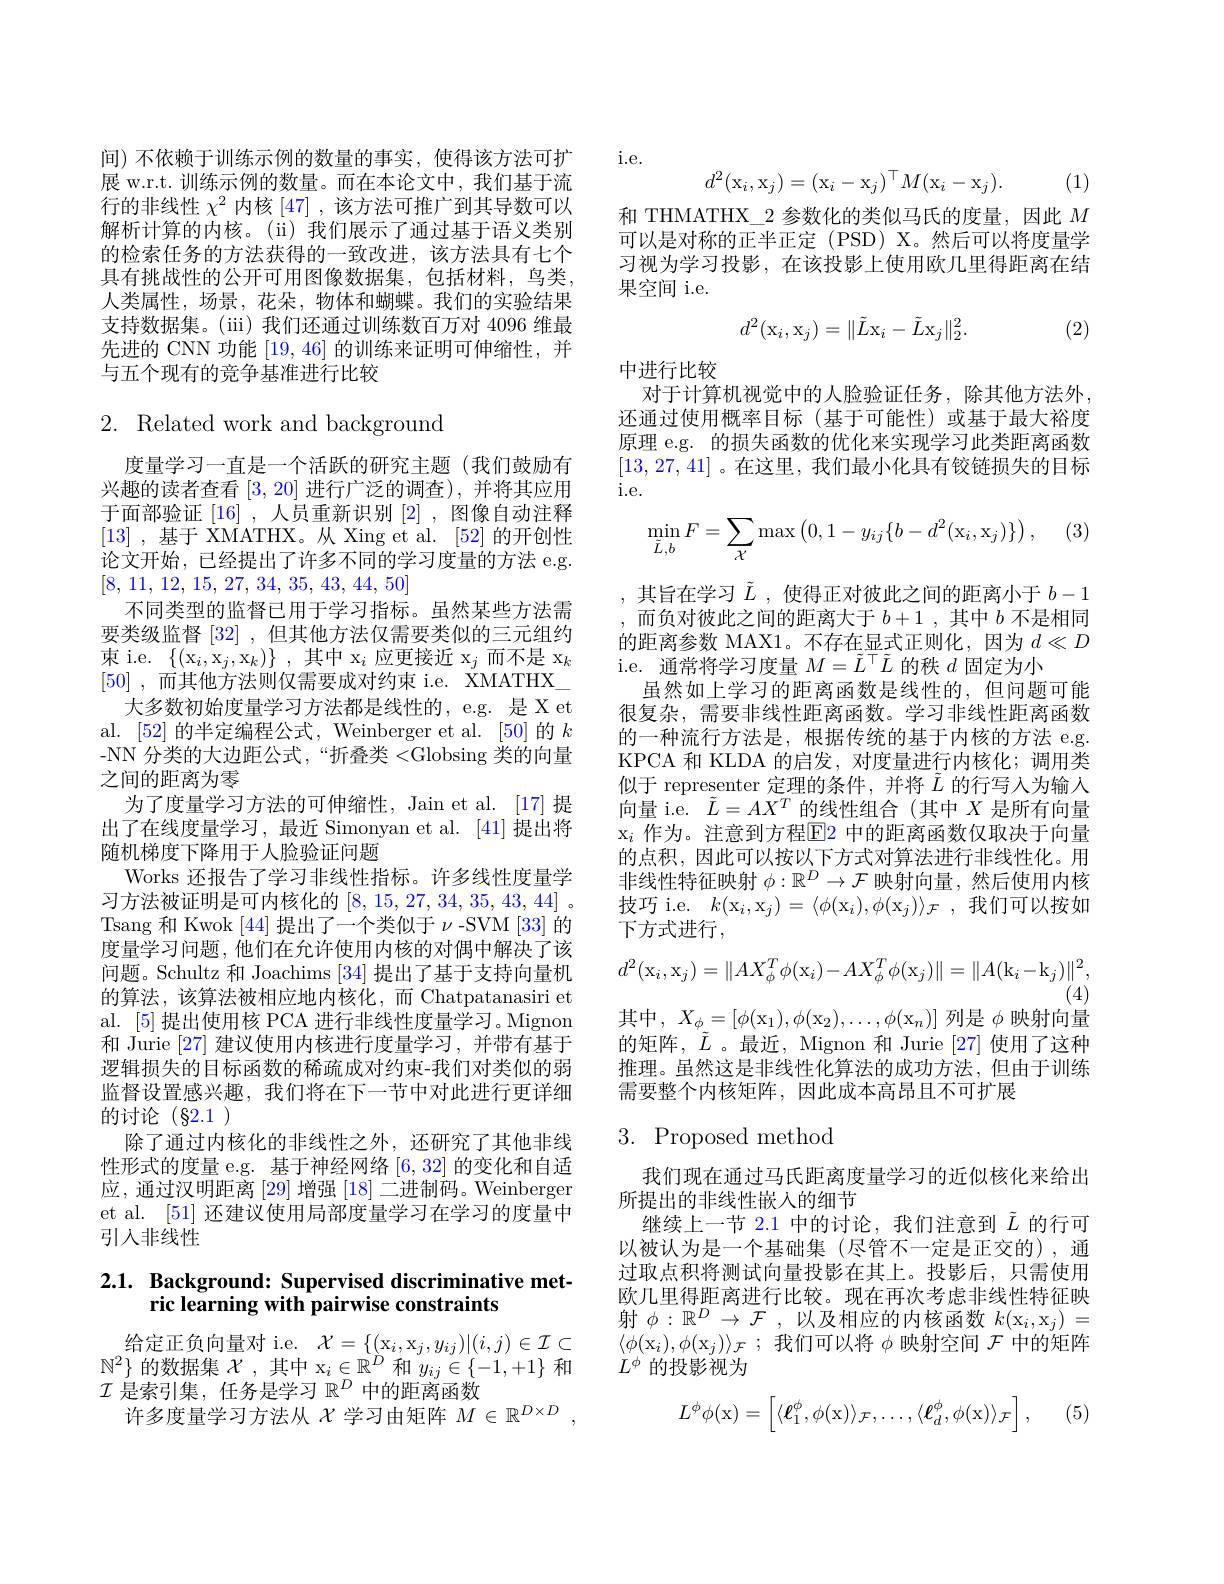
展 w.r.t. 训练示例的数量。而在本论文中，我们基于流行的非线性$\chi^2$内核 [47] ,该方法可推广到其导数可以解析计算的内核。(ii)我们展示了通过基于语义类别的检索任务的方法获得的一致改进，该方法具有七个具有挑战性的公开可用图像数据集，包括材料，鸟类， 人类属性，场景，花朵，物体和蝴蝶。我们的实验结果支持数据集。(iii) 我们还通过训练数百万对 4096 维最先进的 CNN 功能[19,46]的训练来证明可伸缩性，并与五个现有的竞争基准进行比较

## $2.{\mathrm{~Related~work~and~background}}$

度量学习一直是一个活跃的研究主题(我们鼓励有兴趣的读者查看[3,20]进行广泛的调查),并将其应用于面部验证[16] ,人员重新识别[2] ,图像自动注释[13] ,基于 XMATHX。从 Xing et al. [52]的开创性论文开始，已经提出了许多不同的学习度量的方法 e.g. [8, 11, 12, 15, 27, 34, 35, 43, 44, 50]
不同类型的监督已用于学习指标。虽然某些方法需要类级监督[32] ,但其他方法仅需要类似的三元组约束 i.e. $\{(\mathrm{x}_{i},\mathrm{x}_{j},\mathrm{x}_{k})\}$ ,其中 x$_i$应更接近 x$_j$而不是 x$_k$ [50] ,而其他方法则仅需要成对约束 i.e. XMATHX\_ 大多数初始度量学习方法都是线性的，e.g. 是 X et
al. [52]的半定编程公式，Weinberger et al. [50]的$k$ -NN 分类的大边距公式，“折叠类<Globsing 类的向量之间的距离为零
为了度量学习方法的可伸缩性，Jain et al. [17] 提出了在线度量学习，最近 Simonyan et al. [41] 提出将随机梯度下降用于人脸验证问题
Works 还报告了学习非线性指标。许多线性度量学习方法被证明是可内核化的[8,15,27,34,35,43,44] 。Tsang 和 Kwok [44] 提出了一个类似于$\nu$ -SVM [33] 的度量学习问题，他们在允许使用内核的对偶中解决了该问题。Schultz 和 Joachims [34]提出了基于支持向量机的算法，该算法被相应地内核化，而 Chatpatanasiri et al. [5]提出使用核 PCA 进行非线性度量学习。Mignon 和 Jurie [27]建议使用内核进行度量学习，并带有基于逻辑损失的目标函数的稀疏成对约束-我们对类似的弱监督设置感兴趣，我们将在下一节中对此进行更详细的讨论(§2.1)
除了通过内核化的非线性之外，还研究了其他非线性形式的度量 e.g. 基于神经网络[6,32]的变化和自适应，通过汉明距离 [29] 增强 [18] 二进制码。Weinberger et al. [51] 还建议使用局部度量学习在学习的度量中引入非线性

# 2.1. Background: Supervised discriminative metric learning with pairwise constraints

给定正负向量对 i.e.$\mathcal{X} = \{ ( \mathrm{x} _i, x_j, y_{ij}) | ( i, j) \in \mathcal{I} \subset$ $\mathbb{N}^{2}\}$的数据集$\mathcal{X}$,其中 x$_i\in\mathbb{R}^D$和$y_ij\in\{-1,+1\}$和$\mathcal{I}$是索引集，任务是学习$\mathbb{R}^D$中的距离函数
许多度量学习方法从$\chi$学习由矩阵 $M\in\mathbb{R}^D\times D$,

间)不依赖于训练示例的数量的事实，使得该方法可扩 i.e.
$$d^2(\mathrm x_i,\mathrm x_j)=(\mathrm x_i-\mathrm x_j)^\top M(\mathrm x_i-\mathrm x_j).$$
(1)

和 THMATHX\_2 参数化的类似马氏的度量，因此$M$ 可以是对称的正半正定 (PSD) X。然后可以将度量学习视为学习投影，在该投影上使用欧几里得距离在结果空间 i.e.
$$d^2(\mathrm x_i,\mathrm x_j)=\|\tilde{L}\mathrm x_i-\tilde{L}\mathrm x_j\|_2^2.$$
(2)

中进行比较
对于计算机视觉中的人脸验证任务，除其他方法外， 还通过使用概率目标(基于可能性)或基于最大裕度原理 e.g. 的损失函数的优化来实现学习此类距离函数[13,27,41] 。在这里，我们最小化具有铰链损失的目标i. e.
$$\min\limits_{\tilde{L},b}F=\sum\limits_{\mathcal{X}}\max\left(0,1-y_{ij}\{b-d^2(\mathrm x_i,\mathrm x_j)\}\right),$$
,其旨在学习$\tilde{L}$,使得正对彼此之间的距离小于$b-1$ ,而负对彼此之间的距离大于$b+1$,其中$b$不是相同的距离参数 MAX1。不存在显式正则化，因为$d\ll D$ i.e. 通常将学习度量$M=\tilde{L}^\top\tilde{L}$的秩$d$固定为小
虽然如上学习的距离函数是线性的，但问题可能很复杂，需要非线性距离函数。学习非线性距离函数的一种流行方法是，根据传统的基于内核的方法 e.g. KPCA 和 KLDA 的启发，对度量进行内核化；调用类似于 representer 定理的条件，并将$\tilde{L}$的行写人为输入向量 i.e. $\tilde{L}=AX^T$的线性组合(其中$X$是所有向量$\mathrm{x}_i$ 作为。注意到方程$\boxed{\mathrm{E}}$2 中的距离函数仅取决于向量的点积，因此可以按以下方式对算法进行非线性化。用非线性特征映射$\phi:\mathbb{R}^D\to\mathcal{F}$映射向量，然后使用内核技巧 i.e. $k(\mathrm x_i,\mathrm x_j)=\langle\phi(\mathrm x_i),\phi(\mathrm x_j)\rangle_{\mathcal{F}}$,我们可以按如下方式进行，
$$d^2(\mathrm{x}_i,\mathrm{x}_j)=\|AX_\phi^T\phi(\mathrm{x}_i)-AX_\phi^T\phi(\mathrm{x}_j)\|=\|A(\mathrm{k}_i-\mathrm{k}_j)\|^2,$$
(4)
其中$,X_\phi=[\phi(\mathrm{x}_1),\phi(\mathrm{x}_2),\ldots,\phi(\mathrm{x}_n)]$列是$\phi$映射向量的矩阵，$\tilde{L}$ 。最近，Mignon 和 Jurie [27] 使用了这种推理。虽然这是非线性化算法的成功方法，但由于训练需要整个内核矩阵，因此成本高昂且不可扩展

# 3. Proposed method

我们现在通过马氏距离度量学习的近似核化来给出
所提出的非线性嵌入的细节
继续上一节 2.1 中的讨论，我们注意到$\tilde{L}$的行可以被认为是一个基础集(尽管不一定是正交的),通过取点积将测试向量投影在其上。投影后，只需使用欧几里得距离进行比较。现在再次考虑非线性特征映射$\phi:\mathbb{R}^D\to\mathcal{F}$ ,以及相应的内核函数$k(\mathrm{x}_i,\mathrm{x}_j)=$ $\langle\phi(\mathrm{x}_{i}),\phi(\mathrm{x}_{j})\rangle_{\mathcal{F}}$;我们可以将$\phi$映射空间$\mathcal{F}$中的矩阵$L^\phi$的投影视为

(5)
$$L^\phi\phi(\mathrm x)=\begin{bmatrix}\langle\ell_1^\phi,\phi(\mathrm x)\rangle_{\mathcal F},\dots,\langle\ell_d^\phi,\phi(\mathrm x)\rangle_{\mathcal F}\end{bmatrix},$$